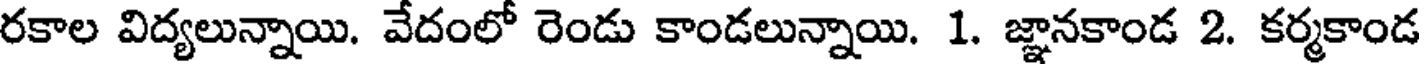
రకాల విద్యలున్నాయి. వేదంలో రెండు కాండలున్నాయి. 1. జ్ఞానకాండ 2. కర్మకాండ